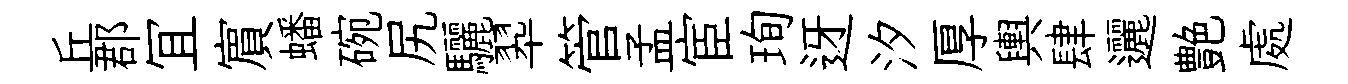
丘郡冝賔蟠碗尻驪翆管孟宦珣迓汐厚輿肆邐艶處